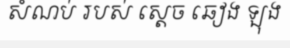
សំណប់ របស់ ស្តេច ឆៀង ឡុង